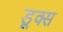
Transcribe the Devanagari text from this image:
डूक्स